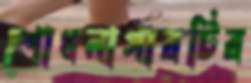
শোধনাগারটির